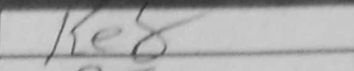
Transcription: Ke8